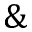
\&